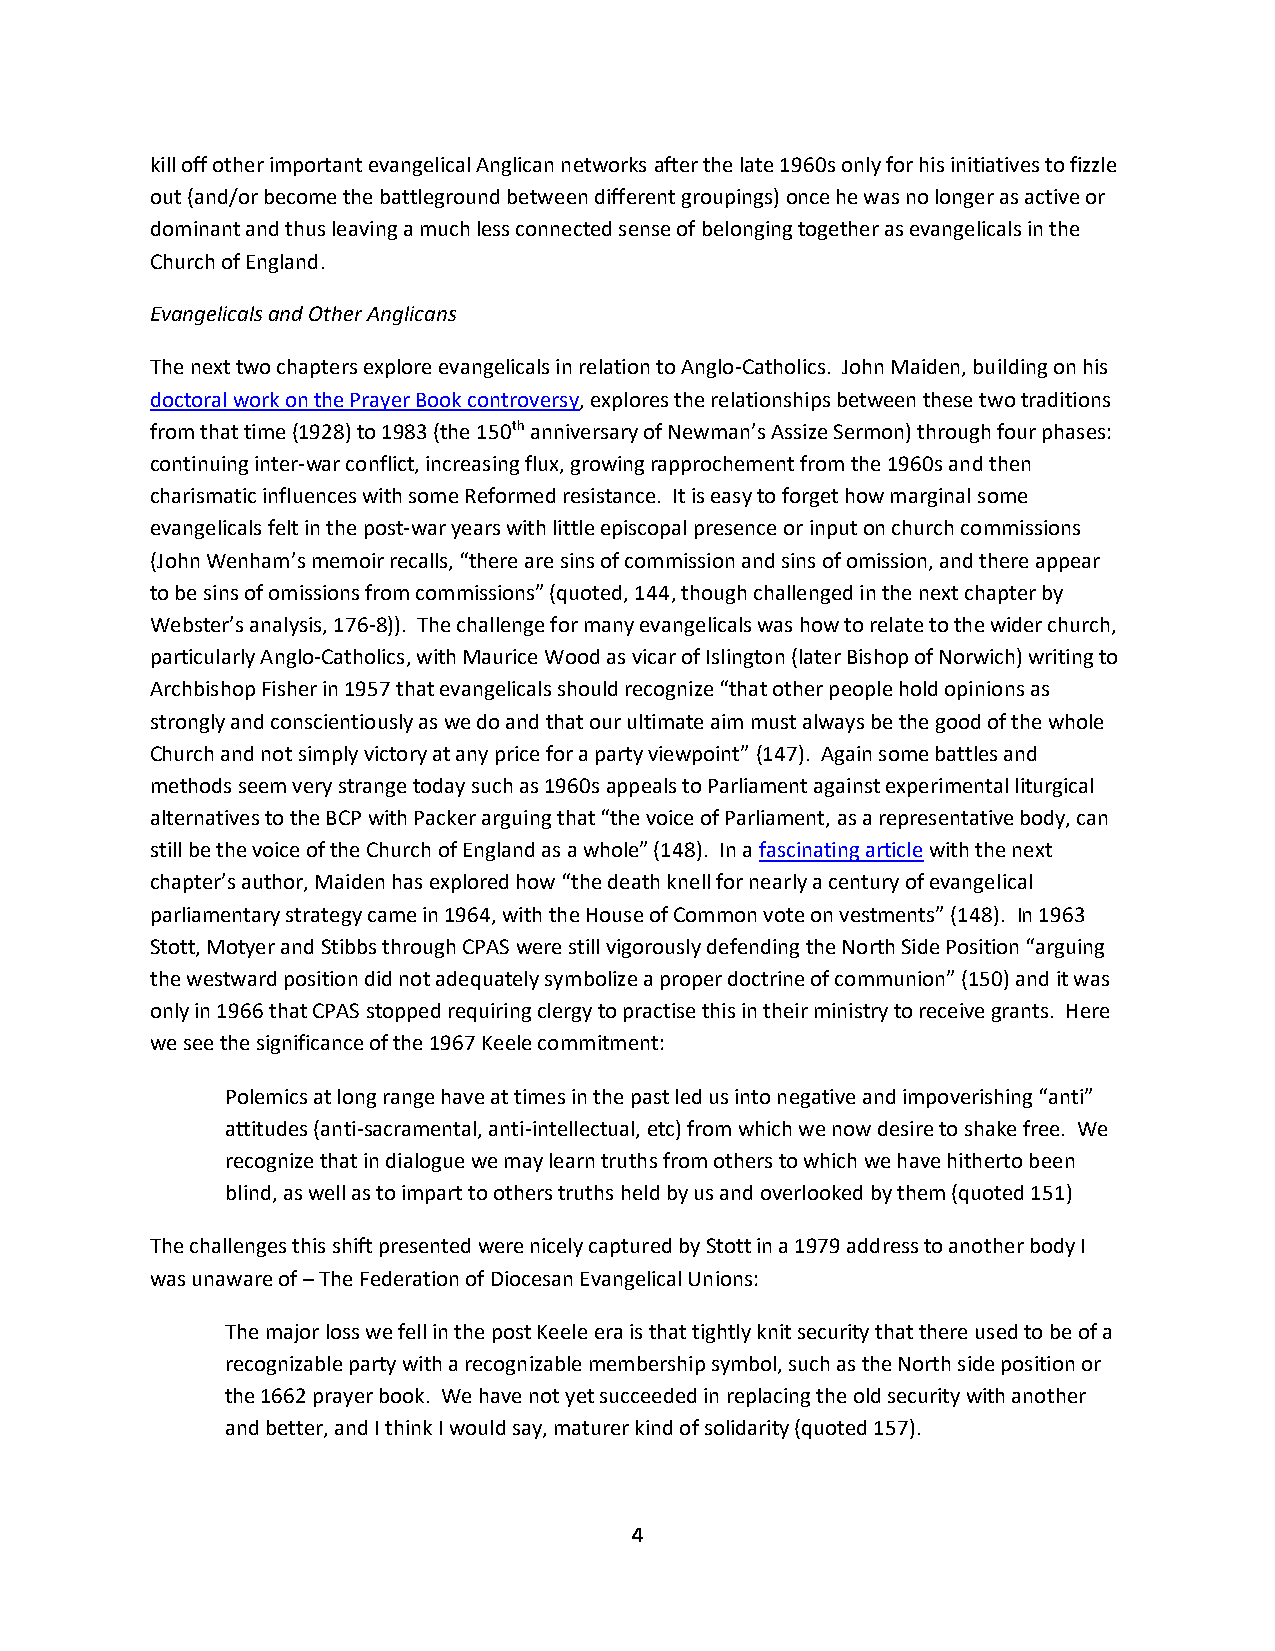
kill off other important evangelical Anglican networks after the late 1960s only for his initiatives to fizzle
 out (and/or become the battleground between different groupings) once he was no longer as active or
 dominant and thus leaving a much less connected sense of belonging together as evangelicals in the
 Church of England.
 Evangelicals and Other Anglicans
 The next two chapters explore evangelicals in relation to Anglo-Catholics. John Maiden, building on his
 doctoral work on the Prayer Book controversy, explores the relationships between these two traditions
 from that time (1928) to 1983 (the 150th anniversary of Newman’s Assize Sermon) through four phases:
 continuing inter-war conflict, increasing flux, growing rapprochement from the 1960s and then
 charismatic influences with some Reformed resistance. It is easy to forget how marginal some
 evangelicals felt in the post-war years with little episcopal presence or input on church commissions
 (John Wenham’s memoir recalls, “there are sins of commission and sins of omission, and there appear
 to be sins of omissions from commissions” (quoted, 144, though challenged in the next chapter by
 Webster’s analysis, 176-8)). The challenge for many evangelicals was how to relate to the wider church,
 particularly Anglo-Catholics, with Maurice Wood as vicar of Islington (later Bishop of Norwich) writing to
 Archbishop Fisher in 1957 that evangelicals should recognize “that other people hold opinions as
 strongly and conscientiously as we do and that our ultimate aim must always be the good of the whole
 Church and not simply victory at any price for a party viewpoint” (147). Again some battles and
 methods seem very strange today such as 1960s appeals to Parliament against experimental liturgical
 alternatives to the BCP with Packer arguing that “the voice of Parliament, as a representative body, can
 still be the voice of the Church of England as a whole” (148). In a fascinating article with the next
 chapter’s author, Maiden has explored how “the death knell for nearly a century of evangelical
 parliamentary strategy came in 1964, with the House of Common vote on vestments” (148). In 1963
 Stott, Motyer and Stibbs through CPAS were still vigorously defending the North Side Position “arguing
 the westward position did not adequately symbolize a proper doctrine of communion” (150) and it was
 only in 1966 that CPAS stopped requiring clergy to practise this in their ministry to receive grants. Here
 we see the significance of the 1967 Keele commitment:
 Polemics at long range have at times in the past led us into negative and impoverishing “anti”
 attitudes (anti-sacramental, anti-intellectual, etc) from which we now desire to shake free. We
 recognize that in dialogue we may learn truths from others to which we have hitherto been
 blind, as well as to impart to others truths held by us and overlooked by them (quoted 151)
 The challenges this shift presented were nicely captured by Stott in a 1979 address to another body I
 was unaware of – The Federation of Diocesan Evangelical Unions:
 The major loss we fell in the post Keele era is that tightly knit security that there used to be of a
 recognizable party with a recognizable membership symbol, such as the North side position or
 the 1662 prayer book. We have not yet succeeded in replacing the old security with another
 and better, and I think I would say, maturer kind of solidarity (quoted 157).
 4